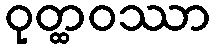
ဝုတ္ထဝဿာ